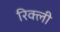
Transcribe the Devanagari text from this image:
रिक्ली